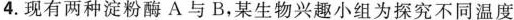
4.现有两种淀粉酶A与B.某生物兴趣小组为探究不同温度